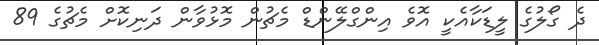
ދެ ގޯލުގެ ލީޑަކާއެކީ އޮވެ އިންގްލޭންޑް މެޗުން މޮޅުވާން ދަނިކޮށް މެޗުގެ 89